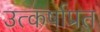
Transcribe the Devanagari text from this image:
उत्कर्षाप्रत